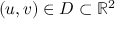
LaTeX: ( u , v ) \in D \subset \mathbb { R } ^ { 2 }